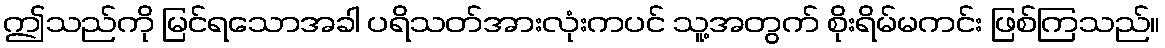
ဤသည်ကို မြင်ရသောအခါ ပရိသတ်အားလုံးကပင် သူ့အတွက် စိုးရိမ်မကင်း ဖြစ်ကြသည်။